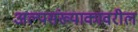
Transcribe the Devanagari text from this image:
अल्पसंख्याकावरील